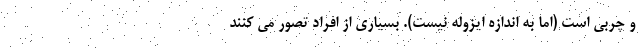
و چربی است (اما به اندازه ایزوله نیست). بسیاری از افراد تصور می كنند